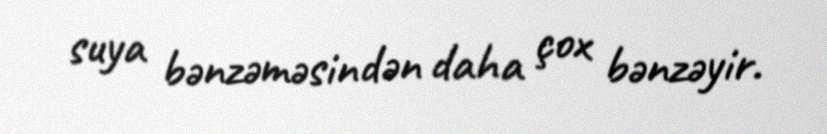
suya bənzəməsindən daha çox bənzəyir.